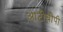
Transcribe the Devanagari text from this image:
आटीबीपी